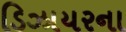
ડિઝાયરના